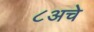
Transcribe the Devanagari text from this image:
८अचे